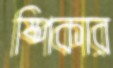
ষ্পিকার